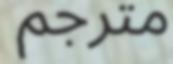
مترجم